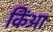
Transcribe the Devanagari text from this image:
किंआ